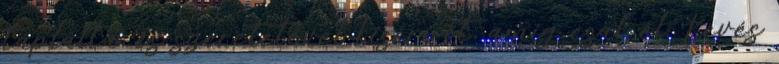
táplálta, és szeretetével kiséri őt, amíg csak él. Kevés